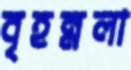
বৃহন্নলা